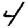
Digit: 4